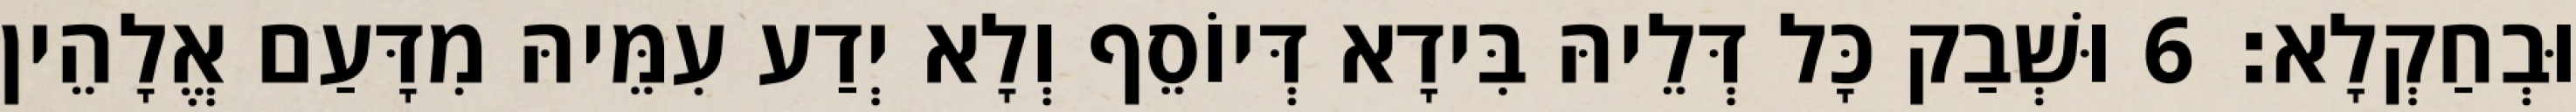
וּבְחַקְלָא׃ 6 וּשְׁבַק כָּל דְּלֵיהּ בִּידָא דְּיוֹסֵף וְלָא יְדַע עִמֵּיהּ מִדָּעַם אֱלָהֵין